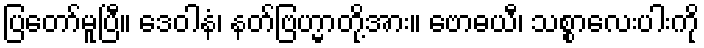
ပြတော်မူပြီ။ ဒေဝါနံ၊ နတ်ဗြဟ္မာတို့အား။ ဗောဓယီ၊ သစ္စာလေးပါးကို